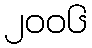
၂၀၀၆